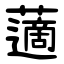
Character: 藡